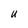
Character: U